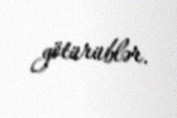
götürüblər.